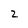
Character: 2